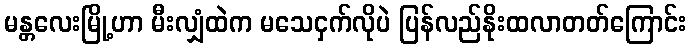
မန္တလေးမြို့ဟာ မီးလျှံထဲက မသေငှက်လိုပဲ ပြန်လည်နိုးထလာတတ်ကြောင်း